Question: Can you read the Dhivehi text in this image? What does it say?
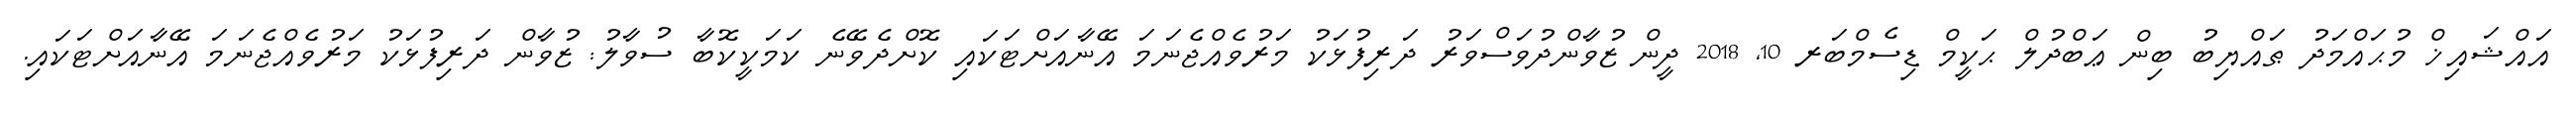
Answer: އައްޝައިޚް މުޙައްމަދު ޠައްޔިބު ބިން ޢަބްދުލް ޙަކީމް ޑިސެމްބަރ 10, 2018 ދީން ޒުވާންދުވަސްވަރު ދަރިފުޅަކު މަރުވެއްޖެނަމަ އޭނާއަށްޓަކައި ކޮށްދެވޭނެ ކަމަކީކޮބާ ސުވާލު: ޒުވާން ދަރިފުޅަކު މަރުވެއްޖެނަމަ އޭނާއަށްޓަކައި.